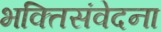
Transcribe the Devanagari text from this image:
भक्तिसंवेदना